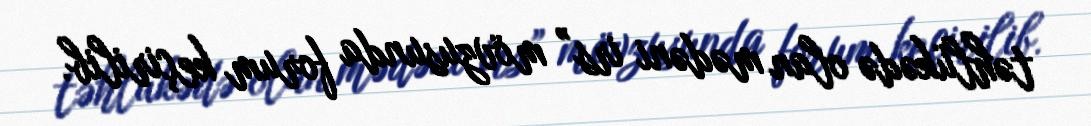
təhlükədə olan mədəni irs” mövzusunda forum keçirilib.